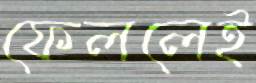
ফেললেই